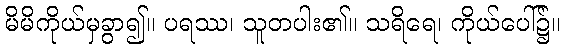
မိမိကိုယ်မှခွာ၍။ ပရဿ၊ သူတပါး၏။ သရိရေ၊ ကိုယ်ပေါ်၌။